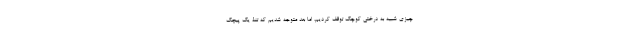
چیزی شبیه به درختی کوچک توقف کردیم، اما بعد متوجه شدیم که تنۀ یک پیچک